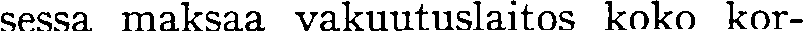
sessa maksaa vakuutuslaitos koko kor-